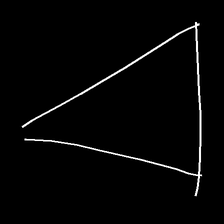
Glyph: convergence